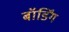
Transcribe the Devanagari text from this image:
बॉर्डिंग